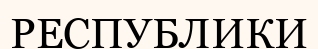
РЕСПУБЛИКИ